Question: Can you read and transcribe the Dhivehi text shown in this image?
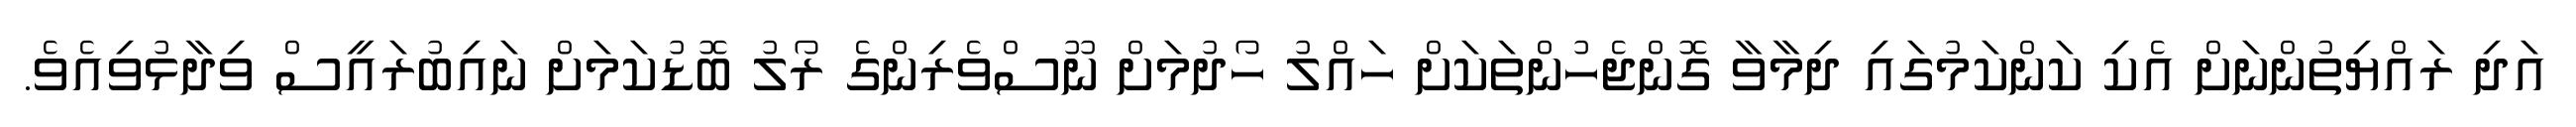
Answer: އަދި ރައްޔިތުންނަށް އެކި ކަންކަމުގައި ދިމާވާ ގޮންޖެހުންތަކަށް ހައްލު ހޯދުމަށް ނޫސްވެރިންގެ ރޯލު ބޮޑުކަމަށް ނައިބުރައީސް ވިދާޅުވިއެވެ.